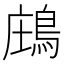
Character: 𪁈